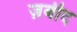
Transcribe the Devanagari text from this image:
ज़बीद